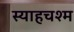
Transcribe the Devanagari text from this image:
स्याहचश्म